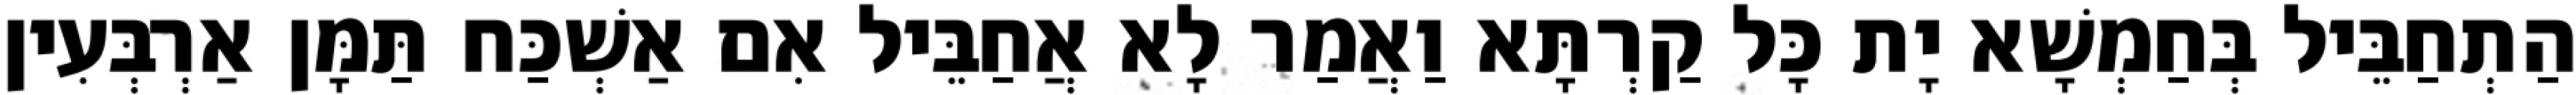
הַתְחַבֵּיל בְּחַמְשָׁא יָת כָּל קַרְתָּא וַאֲמַר לָא אֲחַבֵּיל אִם אַשְׁכַּח תַּמָּן אַרְבְּעִין